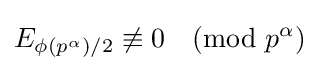
E_{\phi (p^{\alpha })/2}\not \equiv 0{\pmod {p^{\alpha }}}